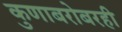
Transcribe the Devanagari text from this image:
कुणाबरोबरही